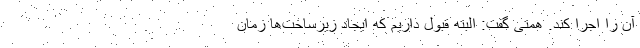
آن را اجرا کند. همتی گفت: البته قبول داریم که ایجاد زیرساخت‌ها زمان